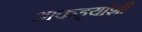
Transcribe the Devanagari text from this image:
आकड्यांशी